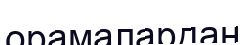
орамалардан